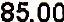
85.00